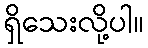
ရှိသေးလို့ပါ။